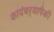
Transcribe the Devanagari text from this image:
कादंबऱ्यापैकी